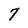
Character: 7